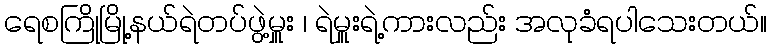
ရေစကြိုမြို့နယ်ရဲတပ်ဖွဲ့မှူး ၊ ရဲမှူးရဲ့ကားလည်း အလုခံရပါသေးတယ်။